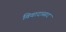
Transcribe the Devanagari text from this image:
विवादास्प्रद